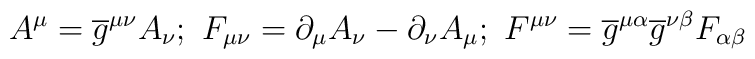
A^{\mu}=\overline{g}^{\mu\nu}A_{\nu}; \ F_{\mu\nu}=\partial_{\mu}A_{\nu}-\partial_{\nu}A_{\mu}; \ F^{\mu\nu}=\overline{g}^{\mu\alpha}\overline{g}^{\nu\beta}F_{\alpha\beta}